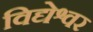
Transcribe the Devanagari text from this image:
विद्येश्वर